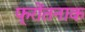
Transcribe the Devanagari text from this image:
फ्रोंतनाक